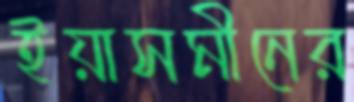
ইয়াসমীনের